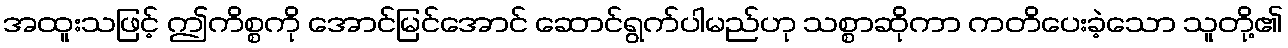
အထူးသဖြင့် ဤကိစ္စကို အောင်မြင်အောင် ဆောင်ရွက်ပါမည်ဟု သစ္စာဆိုကာ ကတိပေးခဲ့သော သူတို့၏